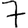
Digit: 7